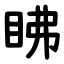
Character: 䀟